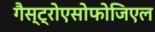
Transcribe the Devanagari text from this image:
गैस्ट्रोएसोफोजिएल